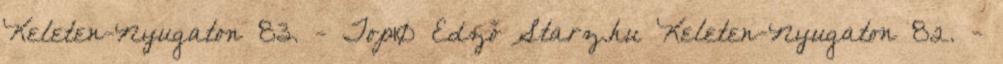
Keleten-Nyugaton 83. - Top10 Edző Starz.hu Keleten-Nyugaton 82. -